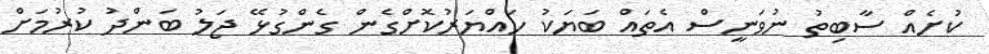
ކުށެއްް ސާބިތު ނުވަނީސް އެތައް ބަޔަކު ހައްޔަރުކޮށްގެން ގެންގުޅޭ ޖަލު ބަންދު ކުރުމަށް